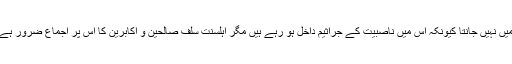
یہ صرف ایک مثال دی ہے یہ روایت بتاتی ہے یزید کتنا نیک تھا باقی اہلحدیث کا تو میں نہیں جانتا کیونکہ اس میں ناصبیت کے جراثیم داخل ہو رہے ہیں مگر اہلسنت سلف صالحین و اکابرین کا اس پر اجماع ضرور ہے کہ یزید فاسق و فاجر تھا اور اس پر حدیث رسول صلی اللہ علیہ وسلم بھی موجود ہے۔